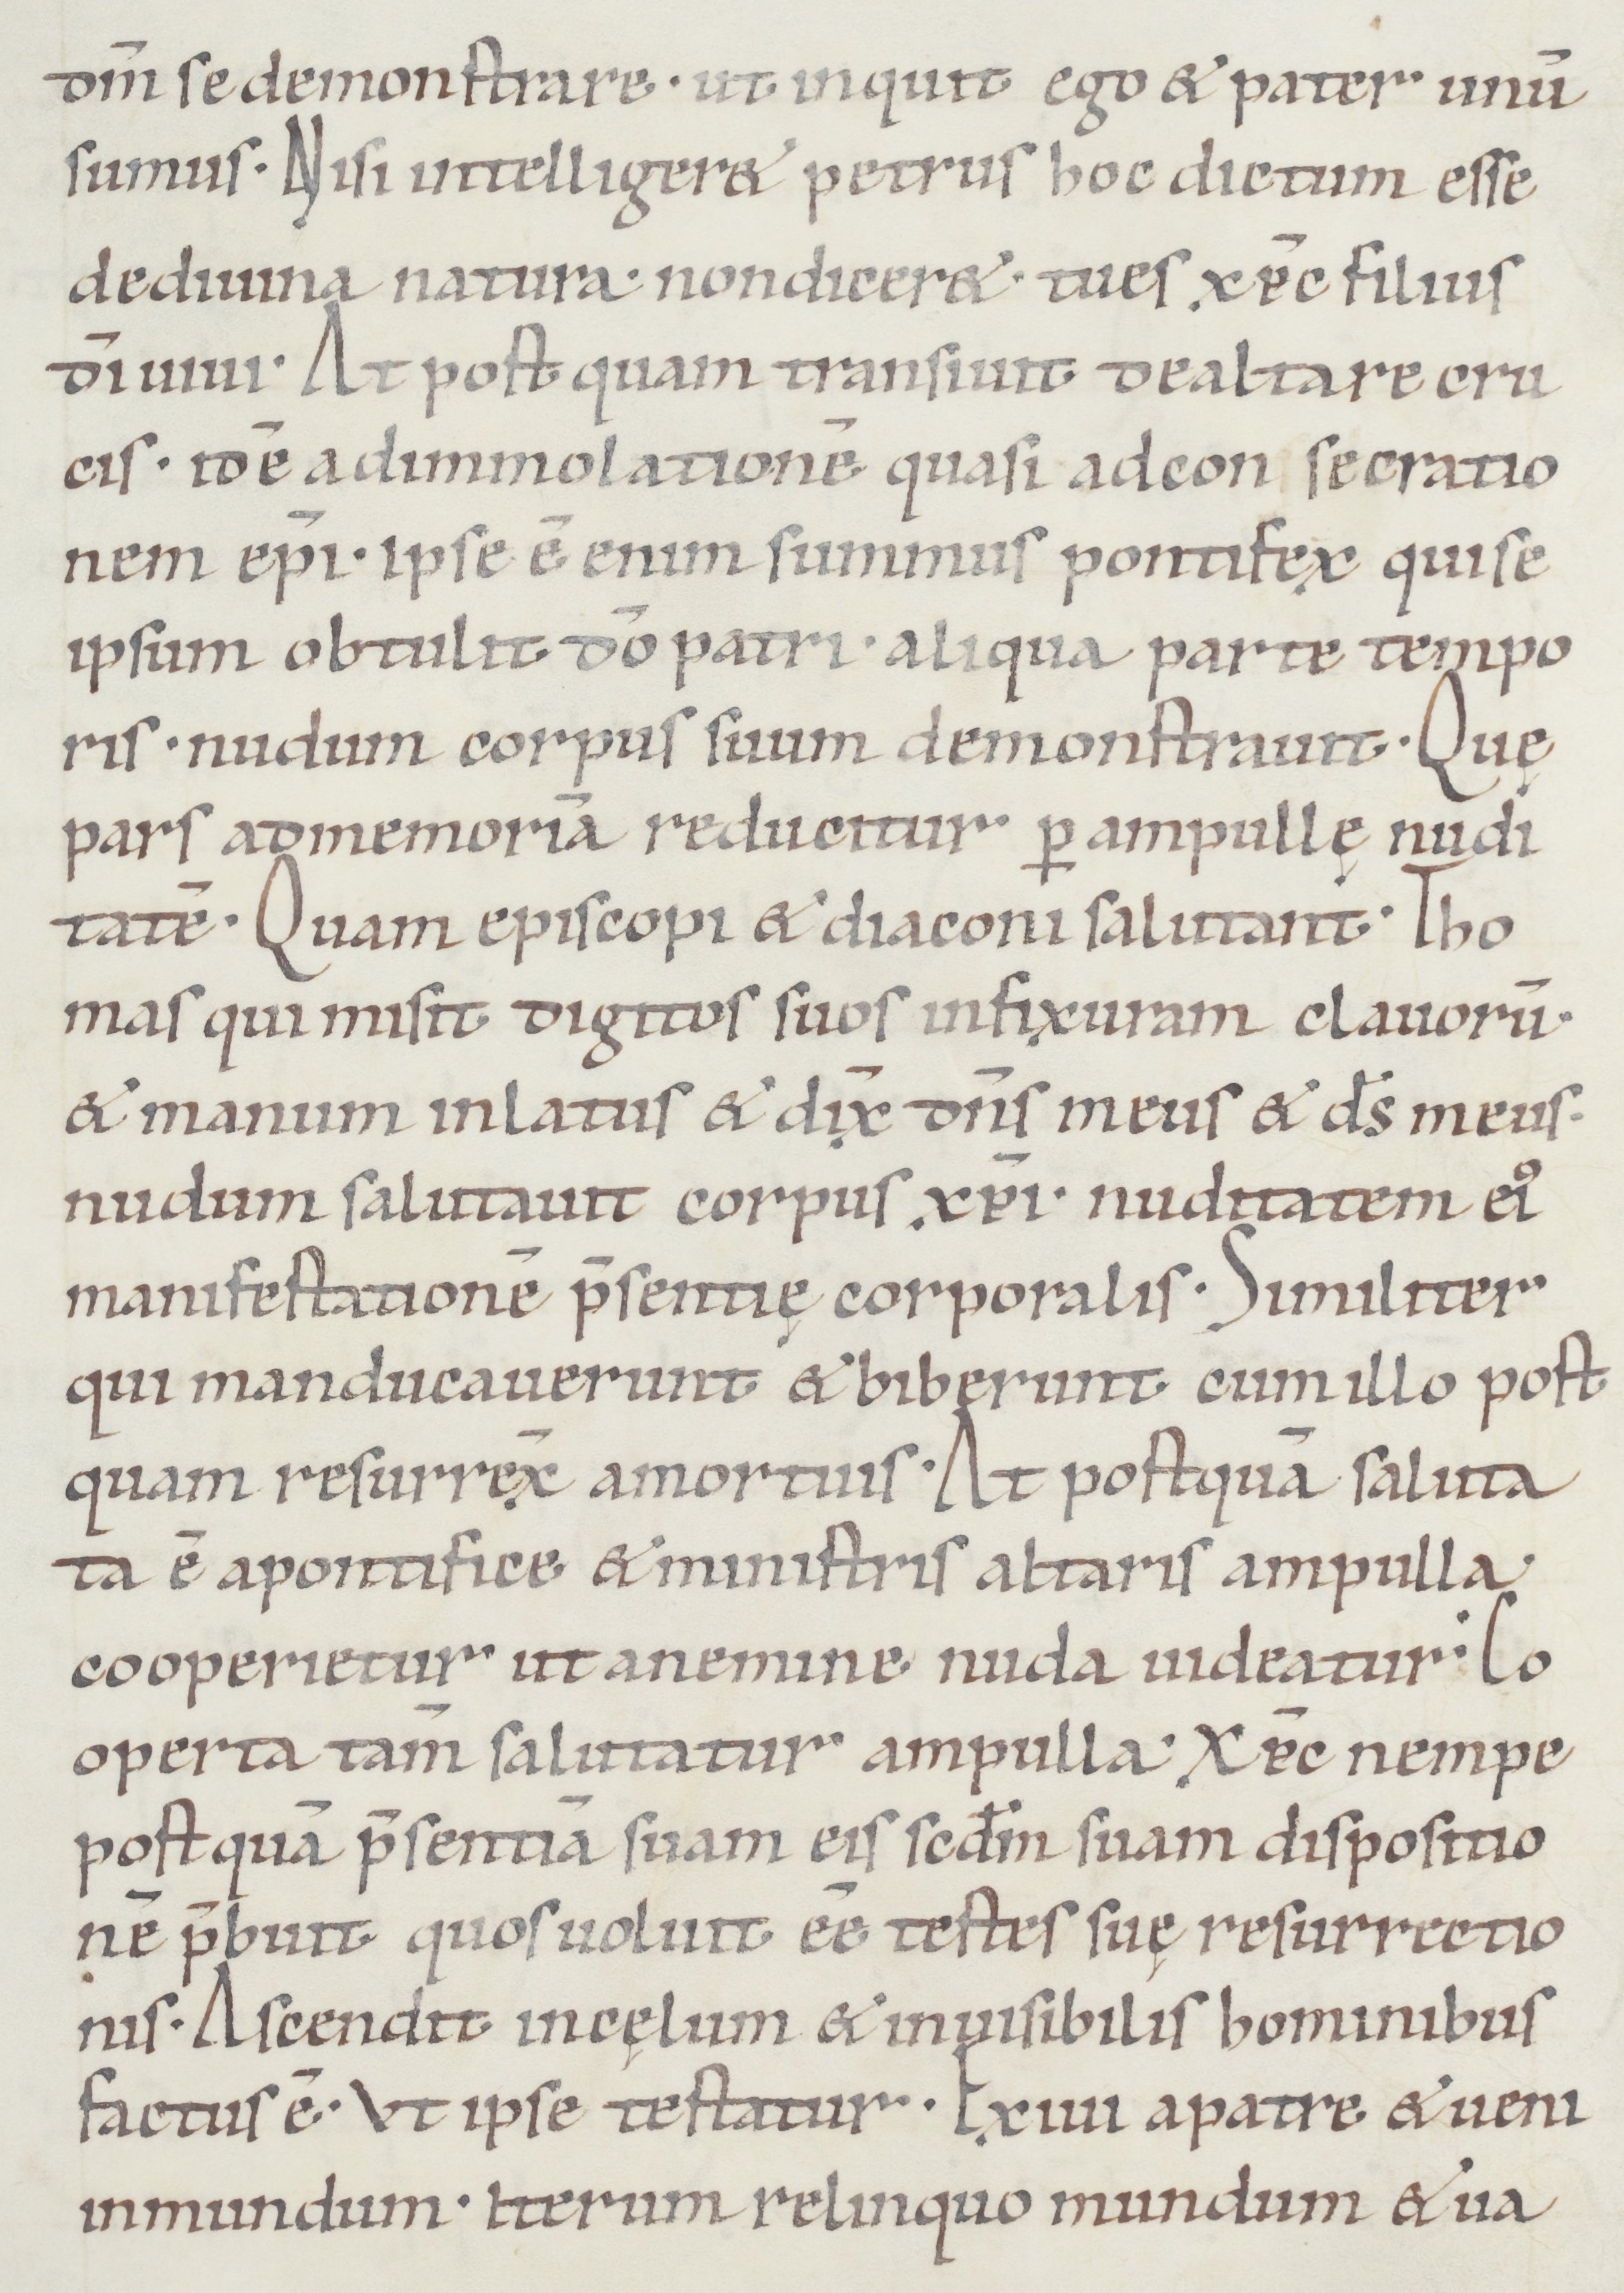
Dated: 1050–1099